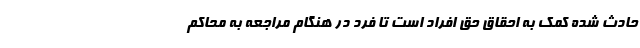
حادث شده کمک به احقاق حق افراد است تا فرد در هنگام مراجعه به محاکم